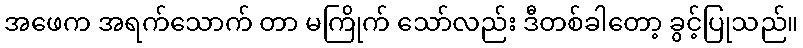
အဖေက အရက်သောက် တာ မကြိုက် သော်လည်း ဒီတစ်ခါတော့ ခွင့်ပြုသည်။